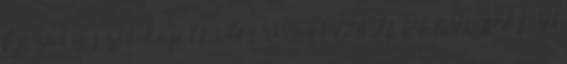
Éjszaka szél kop 1 Erdős Virág EGYSZEREGY KIRÁLY 1